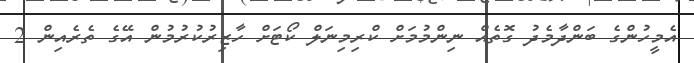
އެމީހުންގެ ބަންދާމެދު ގޮތެއް ނިންމުމަށް ކްރިމިނަލް ކޯޓަށް ހާޒިރުކުރުމުން އޭގެ ތެރެއިން 2